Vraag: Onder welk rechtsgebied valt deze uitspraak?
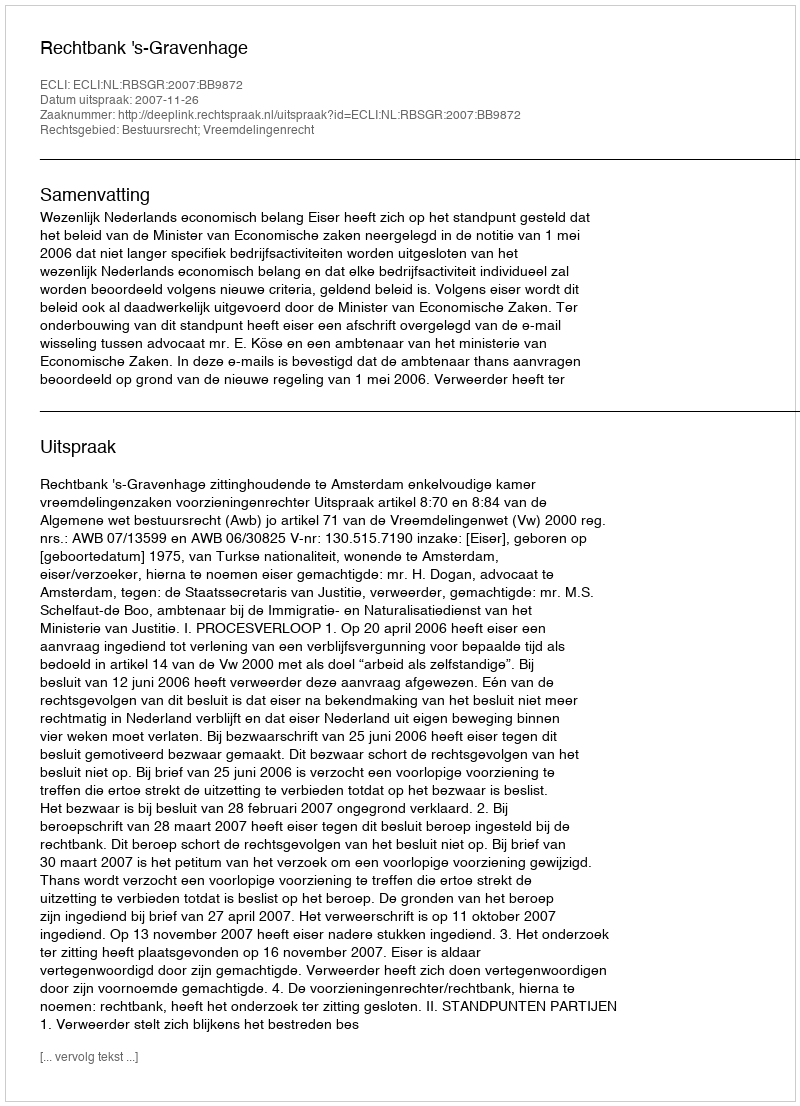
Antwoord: Bestuursrecht; Vreemdelingenrecht